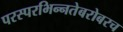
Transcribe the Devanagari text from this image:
परस्‍परभिन्‍नतेबरोबरच